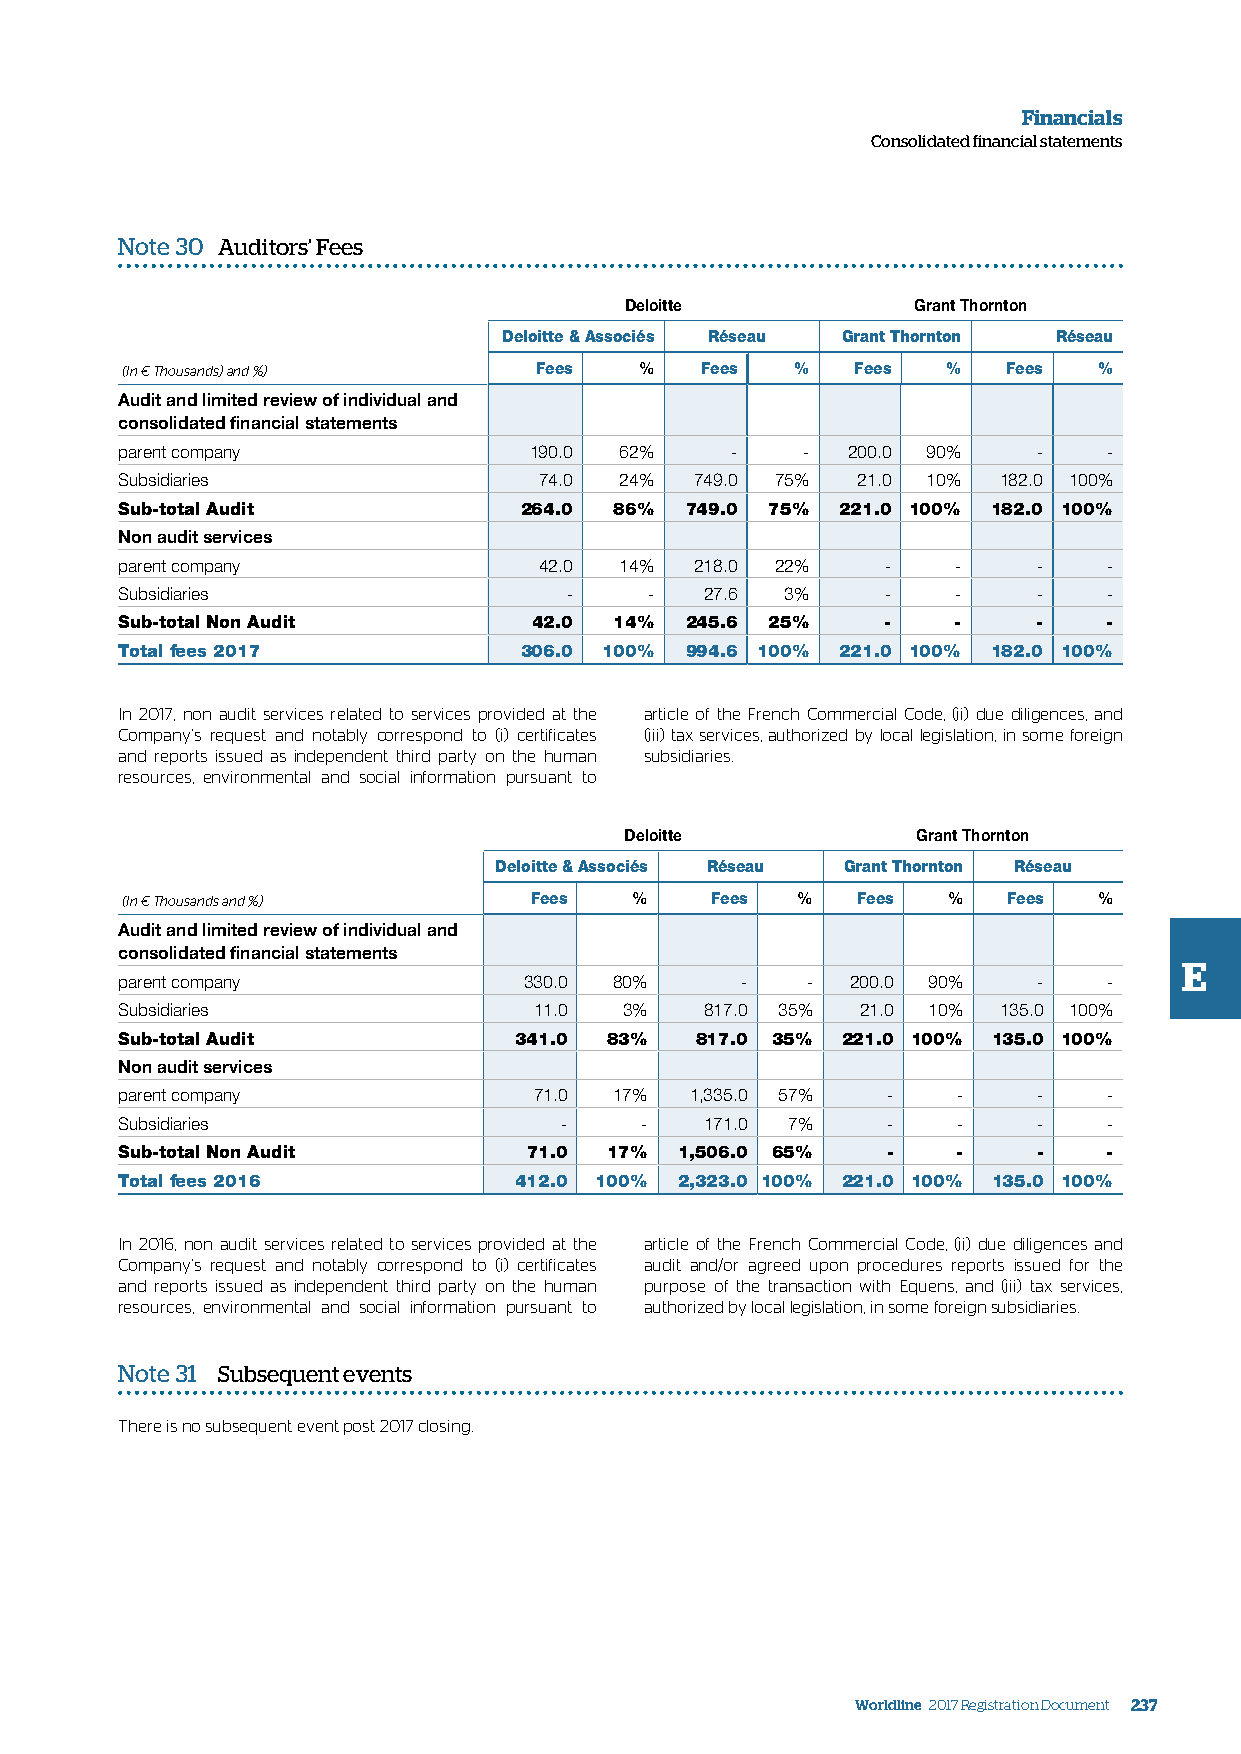
Financials
 Consolidated financial statements
 Note 30 Auditors’ Fees
 Deloitte           Grant Thornton
 Deloitte & Associés Réseau Grant Thornton Réseau
 (In € Thousands) and %)    Fees   %   Fees   %   Fees  %   Fees  %
 Audit and limited review of individual and
 consolidated financial statements
 parent company             190.0 62%    -    -  200.0 90%    -   -
 Subsidiaries                74.0 24%  749.0 75%  21.0 10% 182.0 100%
 Sub-total Audit           264.0  86% 749.0 75%  221.0 100% 182.0 100%
 Non audit services
 parent company              42.0 14%  218.0 22%    -   -     -   -
 Subsidiaries                 -     -   27.6 3%     -   -     -   -
 Sub-total Non Audit        42.0  14% 245.6 25%    -    -     -   -
 Total fees 2017           306.0 100% 994.6 100% 221.0 100% 182.0 100%
 In 2017, non audit services related to services provided at the article of the French Commercial Code, (ii) due diligences, and
 Company’s request and notably correspond to (i) certificates (iii) tax services, authorized by local legislation, in some foreign
 and reports issued as independent third party on the human subsidiaries.
 resources, environmental and social information pursuant to
 Deloitte            Grant Thornton
 Deloitte & Associés Réseau Grant Thornton Réseau
 (In € Thousands and %)     Fees   %    Fees  %   Fees  %   Fees  %
 Audit and limited review of individual and
 consolidated financial statements
 E
 parent company             330.0 80%     -   -  200.0 90%    -   -
 Subsidiaries               11.0  3%    817.0 35% 21.0 10% 135.0 100%
 Sub-total Audit           341.0 83%   817.0 35% 221.0 100% 135.0 100%
 Non audit services
 parent company             71.0  17%  1,335.0 57%  -   -     -   -
 Subsidiaries                 -    -    171.0 7%    -   -     -   -
 Sub-total Non Audit        71.0 17%  1,506.0 65%   -   -     -   -
 Total fees 2016           412.0 100% 2,323.0 100% 221.0 100% 135.0 100%
 In 2016, non audit services related to services provided at the article of the French Commercial Code, (ii) due diligences and
 Company’s request and notably correspond to (i) certificates audit and/or agreed upon procedures reports issued for the
 and reports issued as independent third party on the human purpose of the transaction with Equens, and (iii) tax services,
 resources, environmental and social information pursuant to authorized by local legislation, in some foreign subsidiaries.
 Note 31 Subsequent events
 There is no subsequent event post 2017 closing.
 Worldline 2017 Registration Document 237